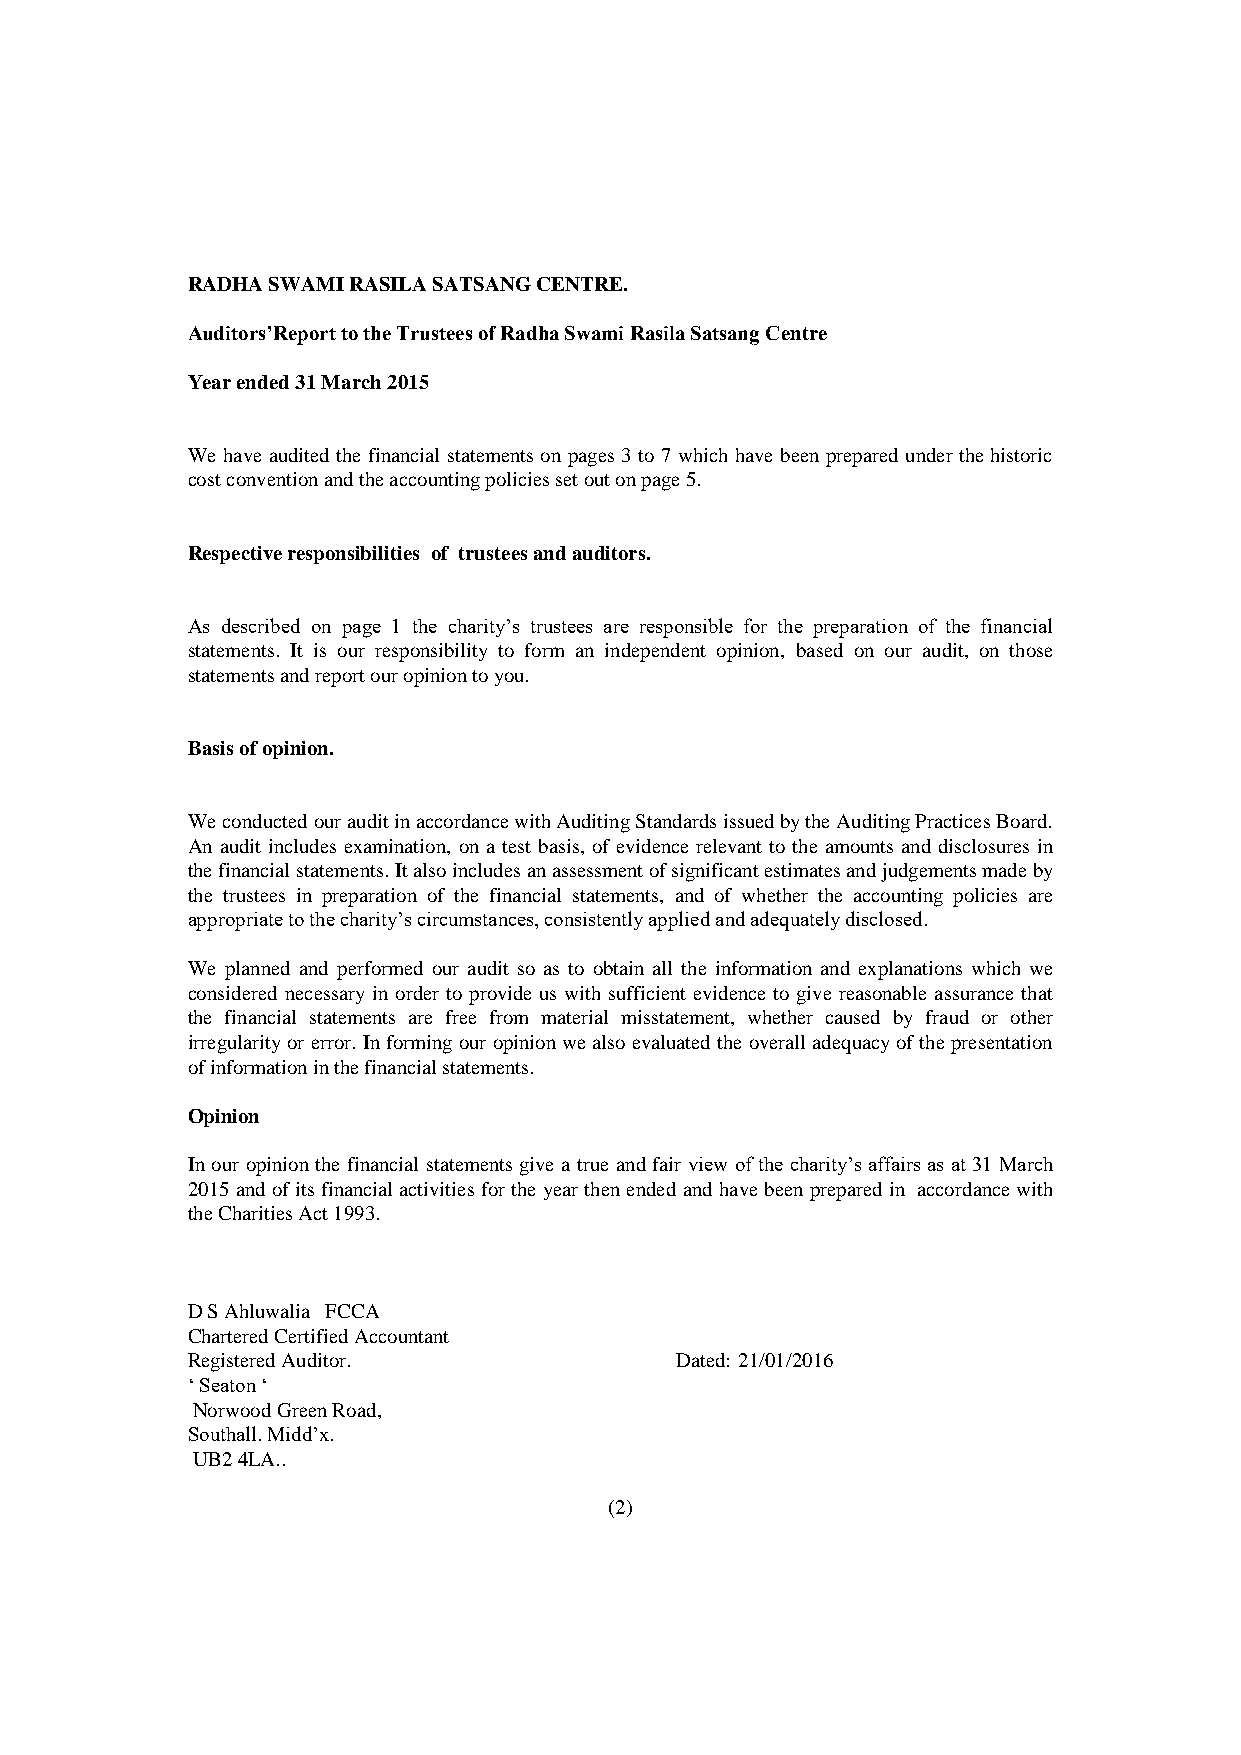
RADHA SWAMI RASILA SATSANG CENTRE.
 Auditors’Report to the Trustees of Radha Swami Rasila Satsang Centre
 Year ended 31 March 2015
 We have audited the financial statements on pages 3 to 7 which have been prepared under the historic
 cost convention and the accounting policies set out on page 5.
 Respective responsibilities of trustees and auditors.
 As described on page 1 the charity’s trustees are responsible for the preparation of the financial
 statements. It is our responsibility to form an independent opinion, based on our audit, on those
 statements and report our opinion to you.
 Basis of opinion.
 We conducted our audit in accordance with Auditing Standards issued by the Auditing Practices Board.
 An audit includes examination, on a test basis, of evidence relevant to the amounts and disclosures in
 the financial statements. It also includes an assessment of significant estimates and judgements made by
 the trustees in preparation of the financial statements, and of whether the accounting policies are
 appropriate to the charity’s circumstances, consistently applied and adequately disclosed.
 We planned and performed our audit so as to obtain all the information and explanations which we
 considered necessary in order to provide us with sufficient evidence to give reasonable assurance that
 the financial statements are free from material misstatement, whether caused by fraud or other
 irregularity or error. In forming our opinion we also evaluated the overall adequacy of the presentation
 of information in the financial statements.
 Opinion
 In our opinion the financial statements give a true and fair view of the charity’s affairs as at 31 March
 2015 and of its financial activities for the year then ended and have been prepared in accordance with
 the Charities Act 1993.
 D S Ahluwalia FCCA
 Chartered Certified Accountant
 Registered Auditor.              Dated: 21/01/2016
 ‘ Seaton ‘
 Norwood Green Road,
 Southall. Midd’x.
 UB2 4LA..
 (2)